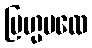
ဗြဟ္မပထေ